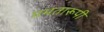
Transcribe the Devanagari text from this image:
ममतारूपी